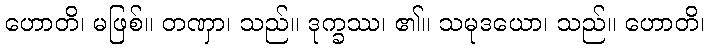
ဟောတိ၊ မဖြစ်။ တဏှာ၊ သည်။ ဒုက္ခဿ၊ ၏။ သမုဒယော၊ သည်။ ဟောတိ၊